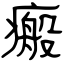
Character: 瘢